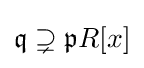
{\mathfrak {q}}\supsetneq {\mathfrak {p}}R[x]